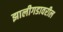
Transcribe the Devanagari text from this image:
झालीगडावरील